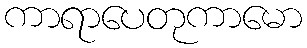
ကာရာပေတုကာမော